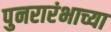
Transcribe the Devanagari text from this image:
पुनरारंभाच्या